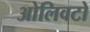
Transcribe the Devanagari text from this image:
ओलिवटो